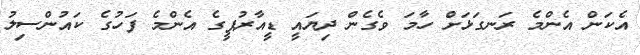
އެކަން އެންމެ ރަނގަޅަށް ހާމަ ވެގެން ދިޔައީ ޑީއާރުޕީގެ އެންމެ ފަހުގެ ކައުންސިލު